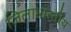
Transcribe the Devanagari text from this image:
जिलाभारतीय